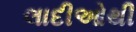
લાદીઓથી